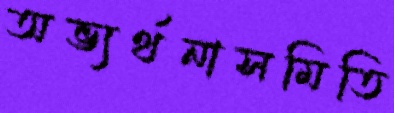
অভ্যর্থনাসমিতি